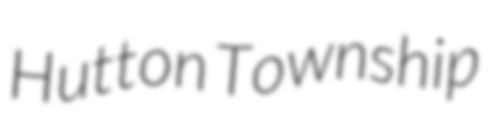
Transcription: Hutton Township